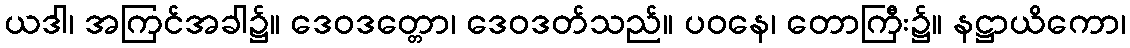
ယဒါ၊ အကြင်အခါ၌။ ဒေဝဒတ္တော၊ ဒေဝဒတ်သည်။ ပဝနေ၊ တောကြီး၌။ နဋ္ဌာယိကော၊